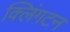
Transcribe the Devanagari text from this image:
क्लिंगटन